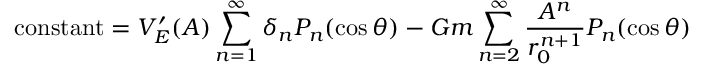
{ \mathrm { c o n s t a n t } } = V _ { E } ^ { \prime } ( A ) \sum _ { n = 1 } ^ { \infty } \delta _ { n } P _ { n } ( \cos \theta ) - G m \sum _ { n = 2 } ^ { \infty } { \frac { A ^ { n } } { r _ { 0 } ^ { n + 1 } } } P _ { n } ( \cos \theta )